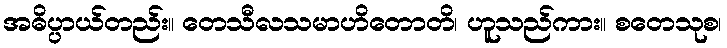
အဓိပ္ပာယ်တည်း။ တေသီလသမာဟိတောတိ၊ ဟူသည်ကား။ စတေသုစ၊